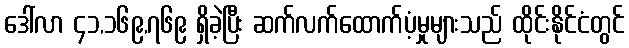
ဒေါ်လာ ၄၁,၁၆၉,၇၆၉ ရှိခဲ့ပြီး ဆက်လက်ထောက်ပံ့မှုများသည် ထိုင်းနိုင်ငံတွင်